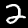
Digit: 2